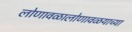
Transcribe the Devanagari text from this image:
लोणावळालोणावळयाच्या